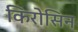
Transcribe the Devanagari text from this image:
किरोसिन